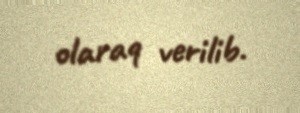
olaraq verilib.